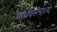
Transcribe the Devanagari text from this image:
माधवसेनाला